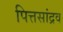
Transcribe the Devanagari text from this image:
पित्तसांद्रव